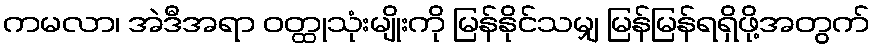
ကမလာ၊ အဲဒီအရာ ဝတ္ထုသုံးမျိုးကို မြန်နိုင်သမျှ မြန်မြန်ရရှိဖို့အတွက်